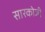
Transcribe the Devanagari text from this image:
सारकोजी